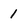
Character: 1